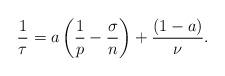
LaTeX: \begin{align*} \frac{1}{\tau}=a\left(\frac{1}{p}-\frac{\sigma}{n}\right)+\frac{(1-a)}{\nu}.\end{align*}